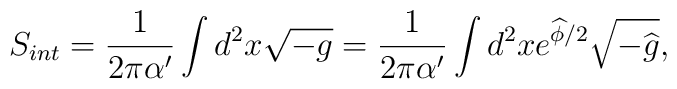
S_{int}=\frac{1}{2\pi \alpha ^{\prime }}\int d^{2}x\sqrt{-g}=\frac{1}{2\pi\alpha ^{\prime }}\int d^{2}xe^{\widehat{\phi }/2}\sqrt{-\widehat{g}},